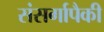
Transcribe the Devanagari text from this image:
संसर्गापैकी